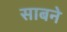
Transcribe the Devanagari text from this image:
साबने